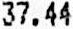
37.44